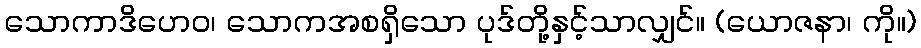
သောကာဒိဟေဝ၊ သောကအစရှိသော ပုဒ်တို့နှင့်သာလျှင်။ (ယောဇနာ၊ ကို။)